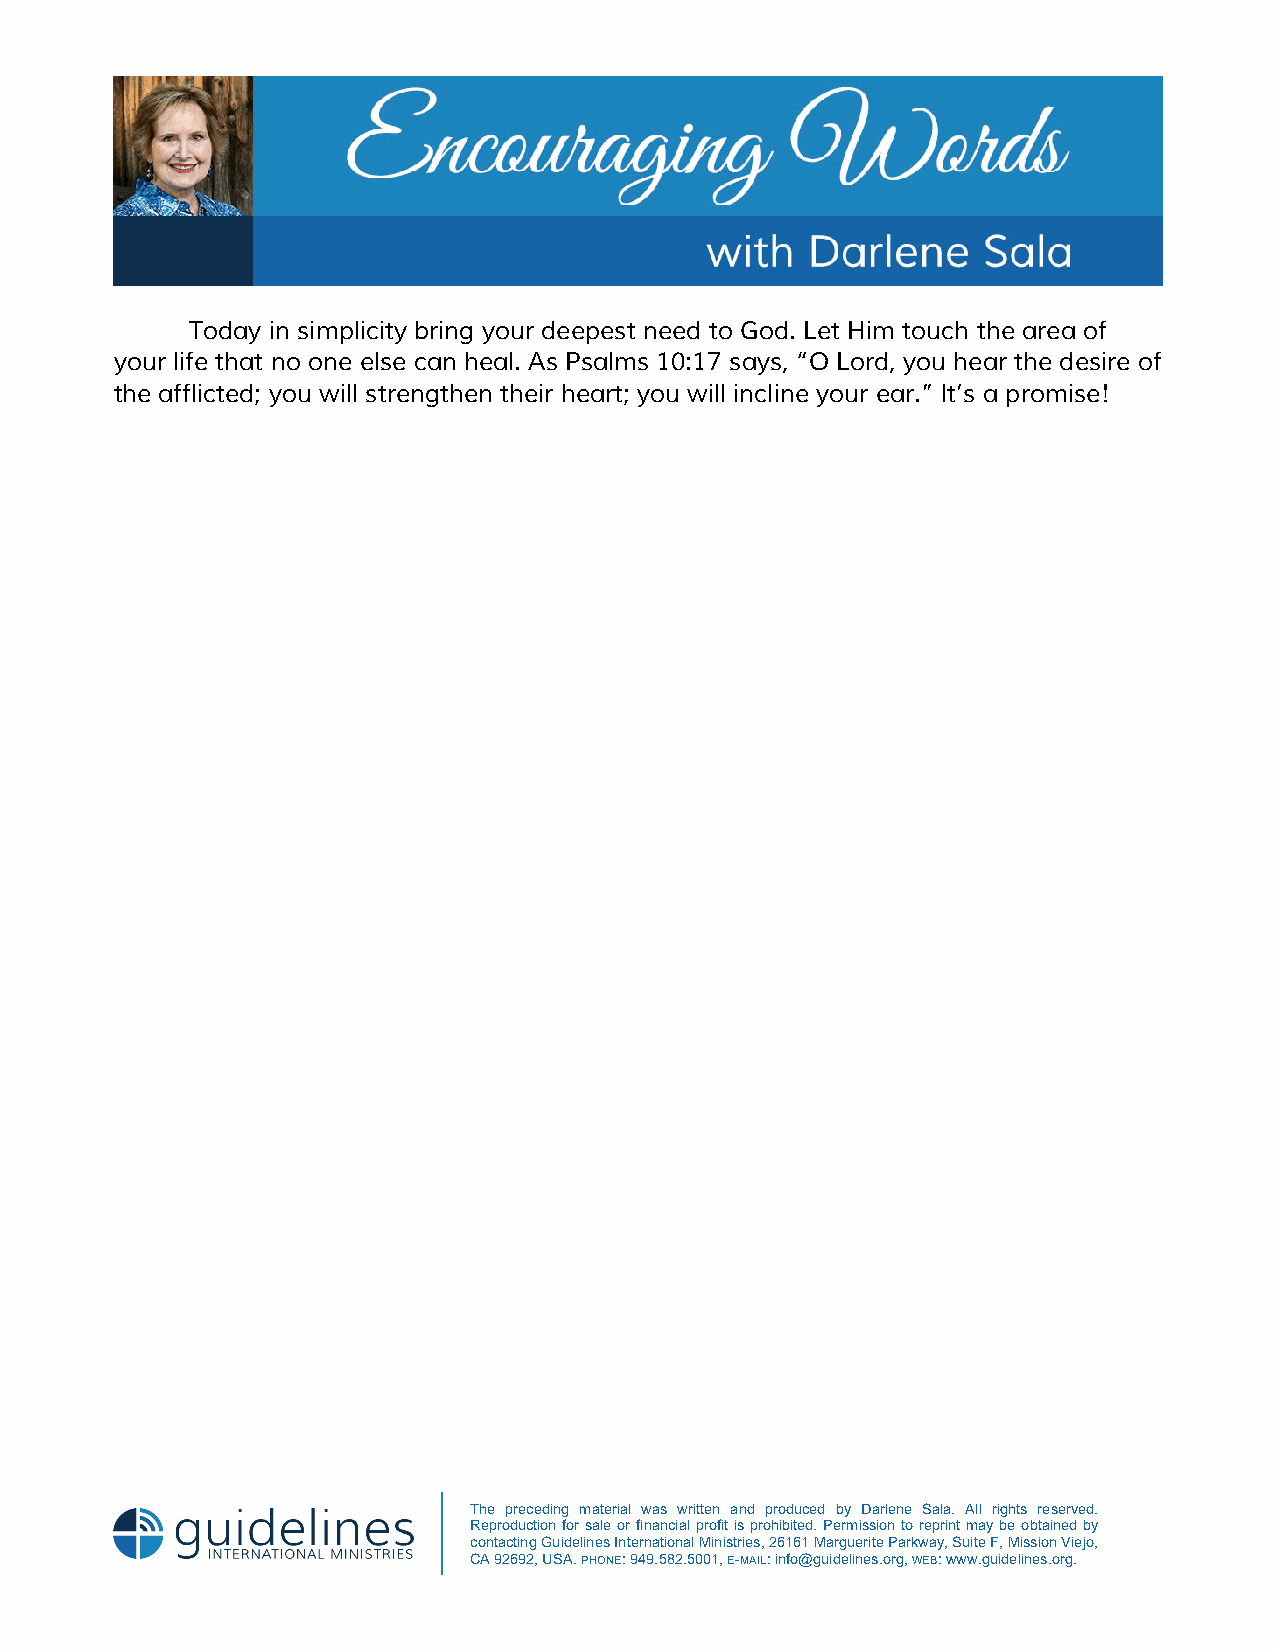
Today in simplicity bring your deepest need to God. Let Him touch the area of
 your life that no one else can heal. As Psalms 10:17 says, “O Lord, you hear the desire of
 the afflicted; you will strengthen their heart; you will incline your ear.” It’s a promise!
 The preceding material was written and produced by Darlene Sala. All rights reserved.
 Reproduction for sale or financial profit is prohibited. Permission to reprint may be obtained by
 contacting Guidelines International Ministries, 26161 Marguerite Parkway, Suite F, Mission Viejo,
 CA 92692, USA. PHONE: 949.582.5001, E-MAIL: info@guidelines.org, WEB: www.guidelines.org.